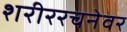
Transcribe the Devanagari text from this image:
शरीररचनेवर